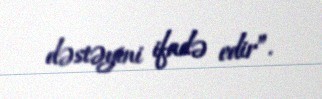
dəstəyini ifadə edir”.